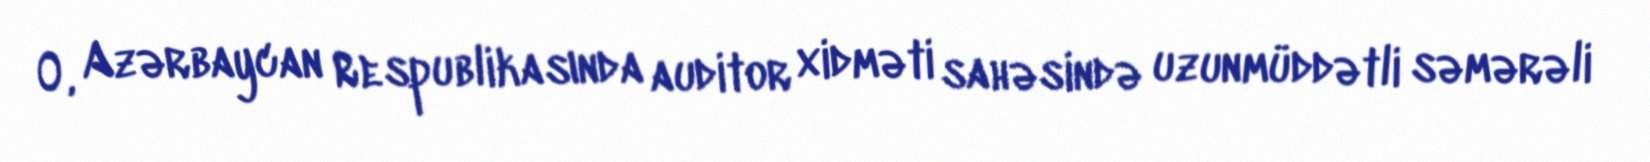
O, Azərbaycan Respublikasında auditor xidməti sahəsində uzunmüddətli səmərəli